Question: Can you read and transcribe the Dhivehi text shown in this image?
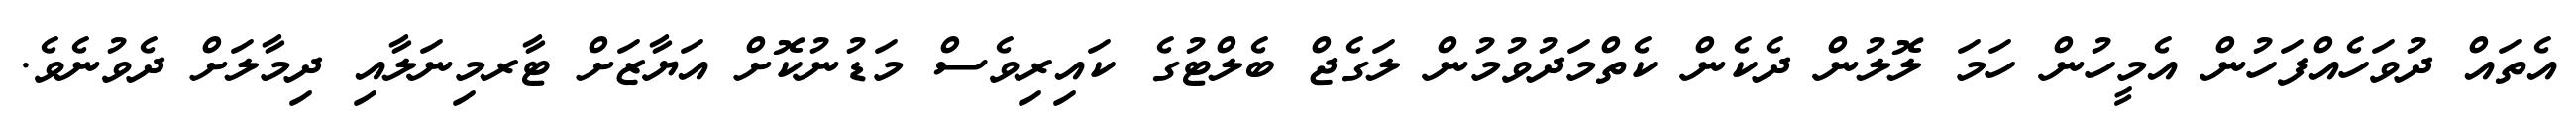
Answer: އެތައް ދުވަހެއްފަހުން އެމީހުން ހަމަ ލޮލުން ދެކެން ކެތްމަދުވުމުން ލަގެޖް ބެލްޓުގެ ކައިރިވެސް މަޑުނުކޮށް އަޔާޒަށް ޓާރމިނަލާއި ދިމާލަށް ދެވުނެވެ.